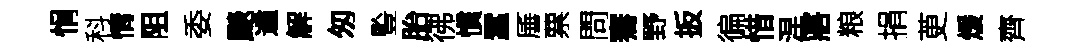
悁科情阻委颷遹解匆䜿胎彿慣蠶厜票問騫野扳徧惜涅寤粮捐茰煖齊